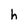
Character: h